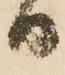
日